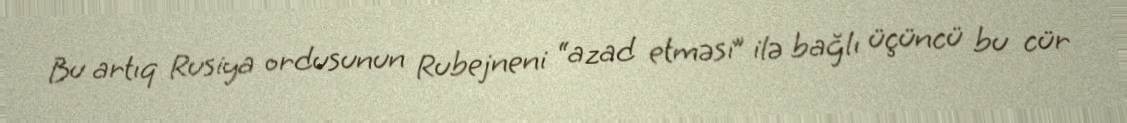
Bu artıq Rusiya ordusunun Rubejneni “azad etməsi” ilə bağlı üçüncü bu cür